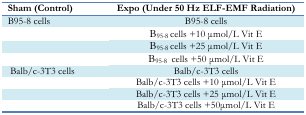
| Sham (Control) | Expo (Under 50 Hz ELF-EMF Radiation) |
 | --- | --- |
 | B95-8 cells | B95-8 cells |
 |  | B95-8 cells +10 μmol/L Vit E |
 |  | B95-8 cells +25 μmol/L Vit E |
 |  | B95-8 cells +50 μmol/L Vit E |
 | Balb/c-3T3 cells | Balb/c-3T3 cells |
 |  | Balb/c-3T3 cells +10 μmol/L Vit E |
 |  | Balb/c-3T3 cells +25 μmol/L Vit E |
 |  | Balb/c-3T3 cells +50μmol/L Vit E |